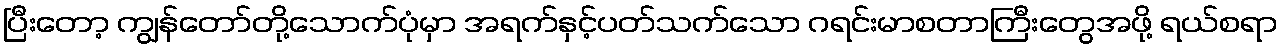
ပြီးတော့ ကျွန်တော်တို့သောက်ပုံမှာ အရက်နှင့်ပတ်သက်သော ဂရင်းမာစတာကြီးတွေအဖို့ ရယ်စရာ